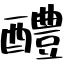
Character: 醴